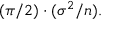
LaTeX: ( { \pi } / { 2 } ) \cdot ( \sigma ^ { 2 } / n ) .